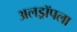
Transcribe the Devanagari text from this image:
अलड्रॉपला